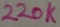
Text: 220K